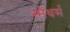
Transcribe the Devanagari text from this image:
स्मैथर्स